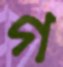
গ